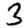
Digit: 3